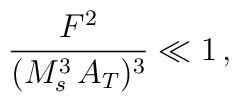
\frac{F^2}{(M_s^3\,A_T)^3} \ll 1\,,